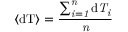
\langle \mathrm { { d T } \rangle = \frac { \sum _ { \it { i = 1 } } ^ { \it { n } } \mathrm { { d } \it { T } _ { i } } } { \it { n } } }